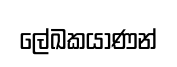
ලේඛකයාණන්